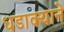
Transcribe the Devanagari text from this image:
धडाक्याने